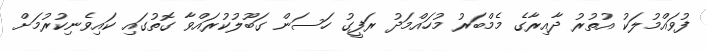
ފުވައްމުލަކު އުތުރު ދާއިރާގެ މެމްބަރު މުހައްމަދު ރަފީގު ހަސަން ގަބޫލުކުރައްވާ ގޮތުގައި ކައިވެނިކުރުމަށް